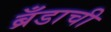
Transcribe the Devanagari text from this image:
ब्रँडाची